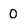
Character: 0